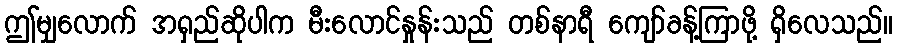
ဤမျှလောက် အရှည်ဆိုပါက မီးလောင်နှုန်းသည် တစ်နာရီ ကျော်ခန့်ကြာဖို့ ရှိလေသည်။